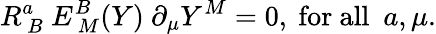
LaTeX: R_{~B}^{a}~E_{~M}^{B}(Y)~\partial_{\mu}Y^{M}=0,~\mathrm{for~all~}~a,\mu.